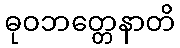
ဓုဝဘတ္တေနာတိ